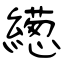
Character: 繱